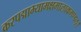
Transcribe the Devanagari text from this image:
करपद्माभ्यामक्षमालाकमण्डलू।